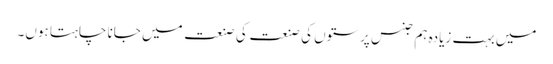
میں بہت زیادہ ہم جنس پرستوں کی صنعت کی صنعت میں جانا چاہتا ہوں۔